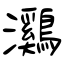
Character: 鸂